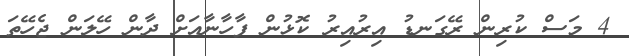
4 މަސް ކުރިން ރޭގަނޑު އިރުއިރު ކޮޅުން ފާހާނާއަށް ދާން ހޭލަން ޖެހޭތަ